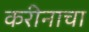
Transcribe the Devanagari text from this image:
करीनाचा